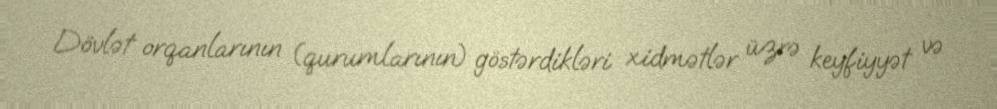
Dövlət orqanlarının (qurumlarının) göstərdikləri xidmətlər üzrə keyfiyyət və